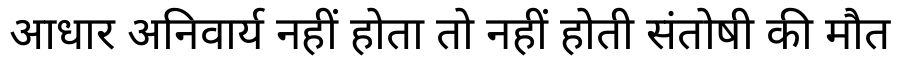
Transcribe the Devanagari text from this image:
आधार अनिवार्य नहीं होता तो नहीं होती संतोषी की मौत